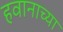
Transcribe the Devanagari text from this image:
हवानाच्या